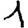
Digit: 1